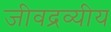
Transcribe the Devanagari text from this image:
जीवद्रव्यीय